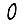
Digit: 0